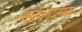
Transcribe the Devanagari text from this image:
संवर्धनात्‍मक